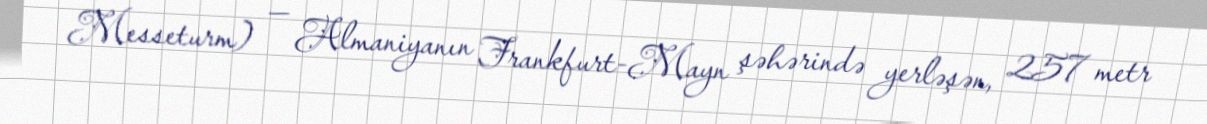
Messeturm) — Almaniyanın Frankfurt-Mayn şəhərində yerləşən, 257 metr